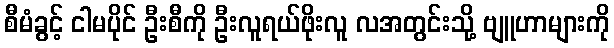
စီမံခွင့် ငါမပိုင် ဦးစီကို ဦးလူရယ်ဖိုးလူ လအတွင်းသို့ ဗျူဟာများကို